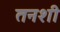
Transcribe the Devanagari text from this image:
तनशी